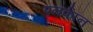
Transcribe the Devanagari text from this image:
एनर्कॉन